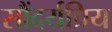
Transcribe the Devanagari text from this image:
सौंदर्यप्रिय